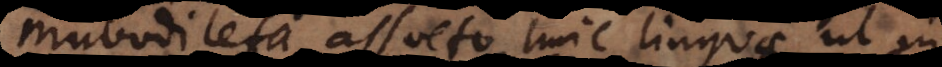
mubodilefa assueto huic linguae, ut in